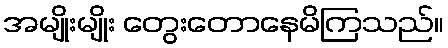
အမျိုးမျိုး တွေးတောနေမိကြသည်။